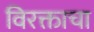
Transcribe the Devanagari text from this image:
विरक्ताचा